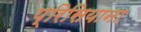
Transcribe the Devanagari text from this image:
प्रिसियाना